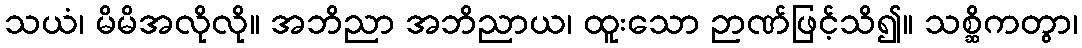
သယံ၊ မိမိအလိုလို။ အဘိညာ အဘိညာယ၊ ထူးသော ဉာဏ်ဖြင့်သိ၍။ သစ္ဆိကတွာ၊